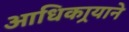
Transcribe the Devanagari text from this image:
आधिकार्‍याने